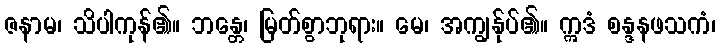
ဇနာမ၊ သိပါကုန်၏။ ဘန္တေ၊ မြတ်စွာဘုရား။ မေ၊ အကျွန်ုပ်၏။ ဣဒံ စန္ဒနဖသကံ၊